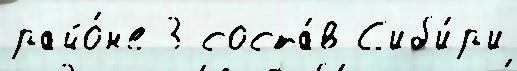
райо́н'е 3 соста́в С'иб'и́р'и